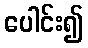
ပေါင်း၍